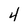
Character: 4